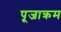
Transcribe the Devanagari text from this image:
पूजाक्रम